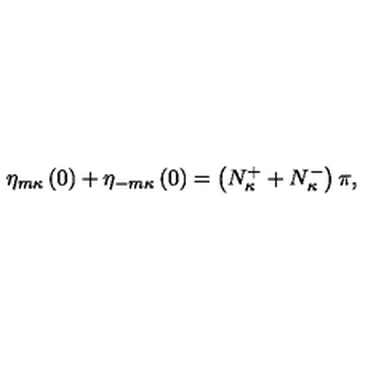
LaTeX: \eta _ { m \kappa } \left( 0 \right) + \eta _ { - m \kappa } \left( 0 \right) = \left( N _ { \kappa } ^ { + } + N _ { \kappa } ^ { - } \right) \pi ,